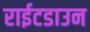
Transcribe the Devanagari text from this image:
राईटडाउन